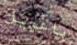
باغويل